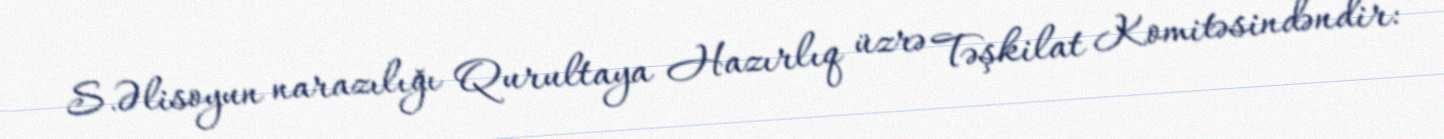
S.Əlisoyun narazılığı Qurultaya Hazırlıq üzrə Təşkilat Komitəsindəndir: